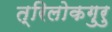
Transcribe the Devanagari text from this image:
त्रिलोकगुरु